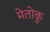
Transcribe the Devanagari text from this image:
मेतोकु